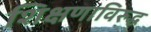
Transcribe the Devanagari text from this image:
शिक्षणाविरुद्ध